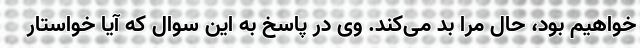
خواهیم بود، حال مرا بد می‌کند. وی در پاسخ به این سوال که آیا خواستار